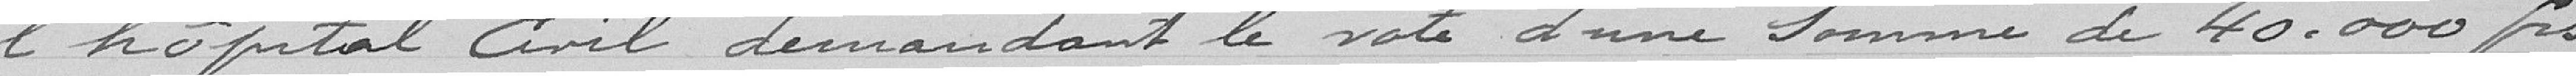
l'hôpital civil demandant le vote d'une somme de 40 000 francs